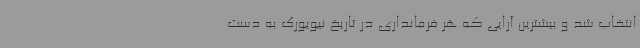
انتخاب شد و بیشترین آرایی که هر فرمانداری در تاریخ نیویورک به دست